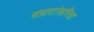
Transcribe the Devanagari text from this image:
सम्राटांकरिता